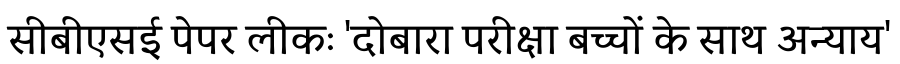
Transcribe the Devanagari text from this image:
सीबीएसई पेपर लीकः 'दोबारा परीक्षा बच्चों के साथ अन्याय'